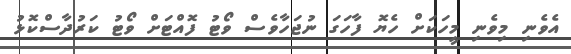
އެވެނި މިވެނި މީހަކަށް ހެޔޮ ފާހަގަ ނުޖަހާވެސް ވޯޓު ފޮއްޓަށް ވޯޓު ކަރުދާސްކޮޅު